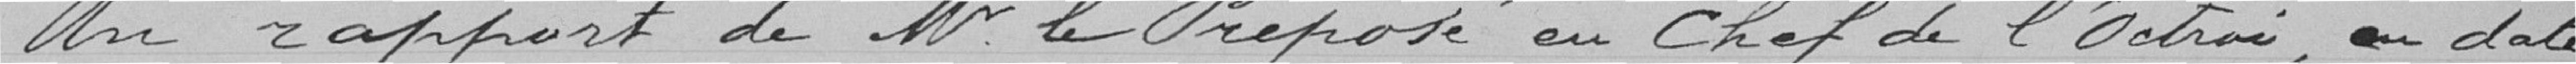
Un rapport de Mr le Préposé en Chef de l'Octroi, en date